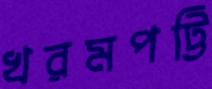
খরমপট্টি